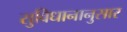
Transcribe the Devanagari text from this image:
सुविधानानुसार